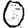
Digit: 0